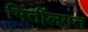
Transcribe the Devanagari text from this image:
भिंतींलगत